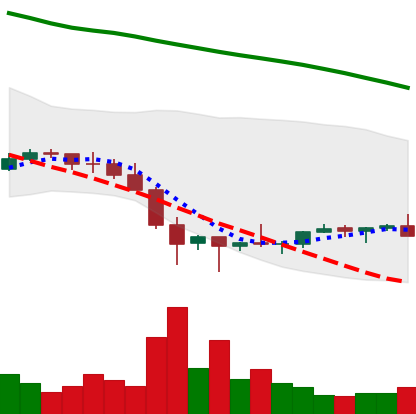
Ticker: EOS-USD
Chart end date: 2022-02-02
Forward return: 17.927%
Label: up_7plus